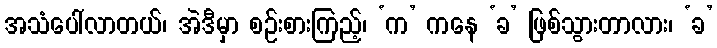
အသံပေါ်လာတယ်၊ အဲဒီမှာ စဉ်းစားကြည့်၊ ‘က’ ကနေ ‘ခ’ ဖြစ်သွားတာလား၊ ‘ခ’